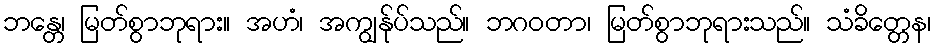
ဘန္တေ၊ မြတ်စွာဘုရား။ အဟံ၊ အကျွန်ုပ်သည်။ ဘဂဝတာ၊ မြတ်စွာဘုရားသည်။ သံခိတ္တေန၊